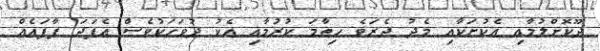
ދޫކޮށްލުމާއި އެކުށަކާއި މެދު ދެރަވެ ހިތާމަ ކުރުމާއި އެކު ދުވަހަކުވެސް އެފަދަ ފާފައެއް